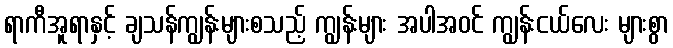
ရာကီအူရာနှင့် ချသန်ကျွန်းများစသည့် ကျွန်းများ အပါအဝင် ကျွန်းငယ်လေး များစွာ